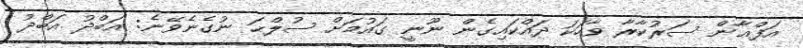
އަފްޣާން ސަރުކާރާ ވާހަކަ ދައްކައިގެން ނޫނީ ގައުމަށް ސުލްޙަ ނުގެނެވޭނެ: އަބްދު އަބްދު